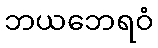
ဘယဘေရဝံ